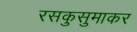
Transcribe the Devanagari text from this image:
रसकुसुमाकर